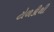
ટોળકીથી